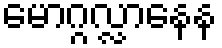
မောဂ္ဂလ္လာနေန